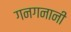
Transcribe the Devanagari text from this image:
गनगनानी